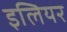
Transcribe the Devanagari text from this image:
इलियर